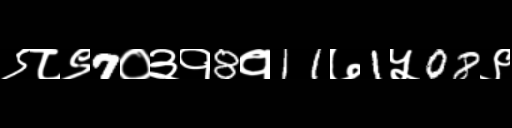
Text: ९८९7०३१8१11७1५08९